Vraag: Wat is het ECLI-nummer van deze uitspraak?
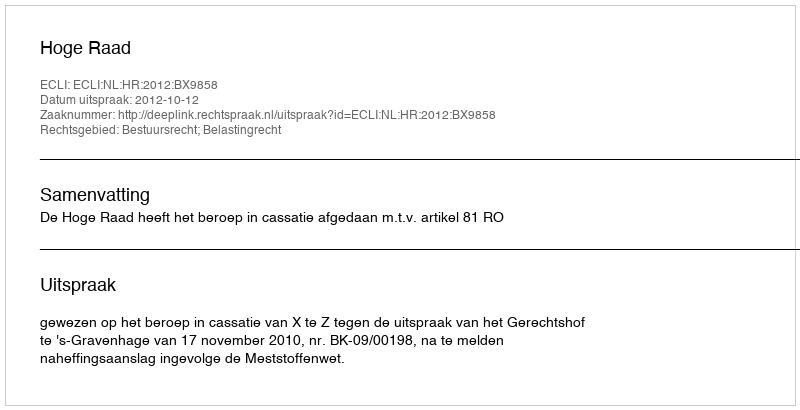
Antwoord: ECLI:NL:HR:2012:BX9858